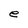
Character: e